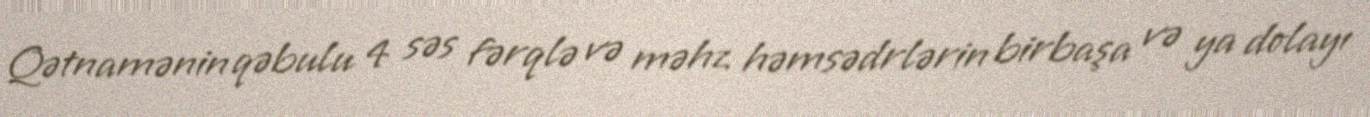
Qətnamənin qəbulu 4 səs fərqlə və məhz həmsədrlərin birbaşa və ya dolayı